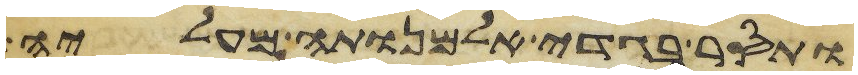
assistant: ותסר בגדי אלמנותה מעליה